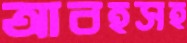
আবহসহ